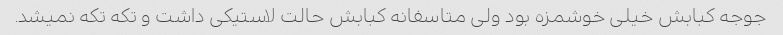
جوجه کبابش خیلی خوشمزه بود ولی متاسفانه کبابش حالت لاستیکی داشت و تکه تکه نمیشد.